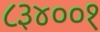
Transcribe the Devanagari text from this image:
८३४००१